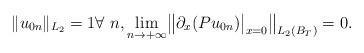
LaTeX: \begin{align*}\|u_{0n}\|_{L_2}=1\forall\ n,\lim\limits_{n\to+\infty} \bigl\|\partial_x(Pu_{0n})\big|_{x=0}\bigr\|_{L_2(B_T)}=0.\end{align*}